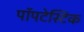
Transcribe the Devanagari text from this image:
पॉपटेस्टिक